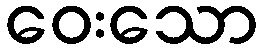
ဝေးသော